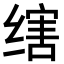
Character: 𬘻